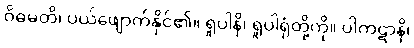
ဝိဓမတိ၊ ပယ်ဖျောက်နိုင်၏။ ရူပါနိ၊ ရူပါရုံတို့ကို။ ပါကဋာနိ၊